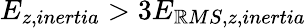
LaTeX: E_{z,inertia}>3E_{\mathbb{R}MS,z,inertia}